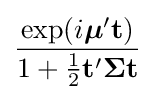
{\frac {\exp(i{\boldsymbol {\mu }}'\mathbf {t} )}{1+{\tfrac {1}{2}}\mathbf {t} '{\boldsymbol {\Sigma }}\mathbf {t} }}